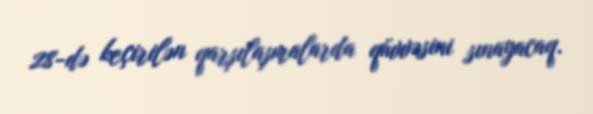
28-də keçirilən qarşılaşmalarda qüvvəsini sınayacaq.